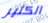
الكثير